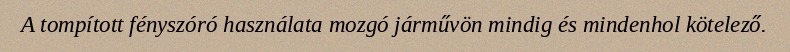
A tompított fényszóró használata mozgó járművön mindig és mindenhol kötelező.